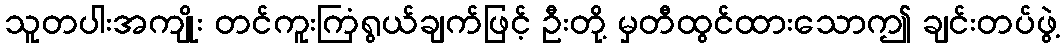
သူတပါးအကျိုး တင်ကူးကြံရွယ်ချက်ဖြင့် ဦးတို့ မှတီထွင်ထားသောဤ ချင်းတပ်ဖွဲ့